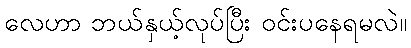
လေဟာ ဘယ်နှယ့်လုပ်ပြီး ဝင်းပနေရမလဲ။